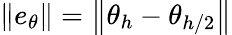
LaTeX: \left\| e_{\theta}\right\| =\left\| \theta_{h}-\theta_{h/2}\right\|